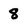
Character: 8